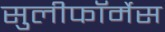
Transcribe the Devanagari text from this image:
सुलीफॉर्मेस